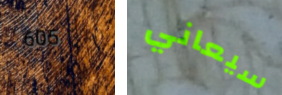
605 سيعاني